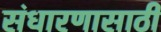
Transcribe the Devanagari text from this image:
संधारणासाठी